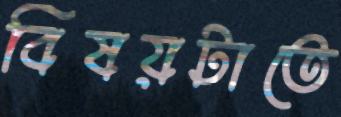
বিষয়টাতে